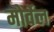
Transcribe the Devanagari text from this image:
मोर्वेल